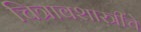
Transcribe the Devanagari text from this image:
चित्रावशास्त्रींचे